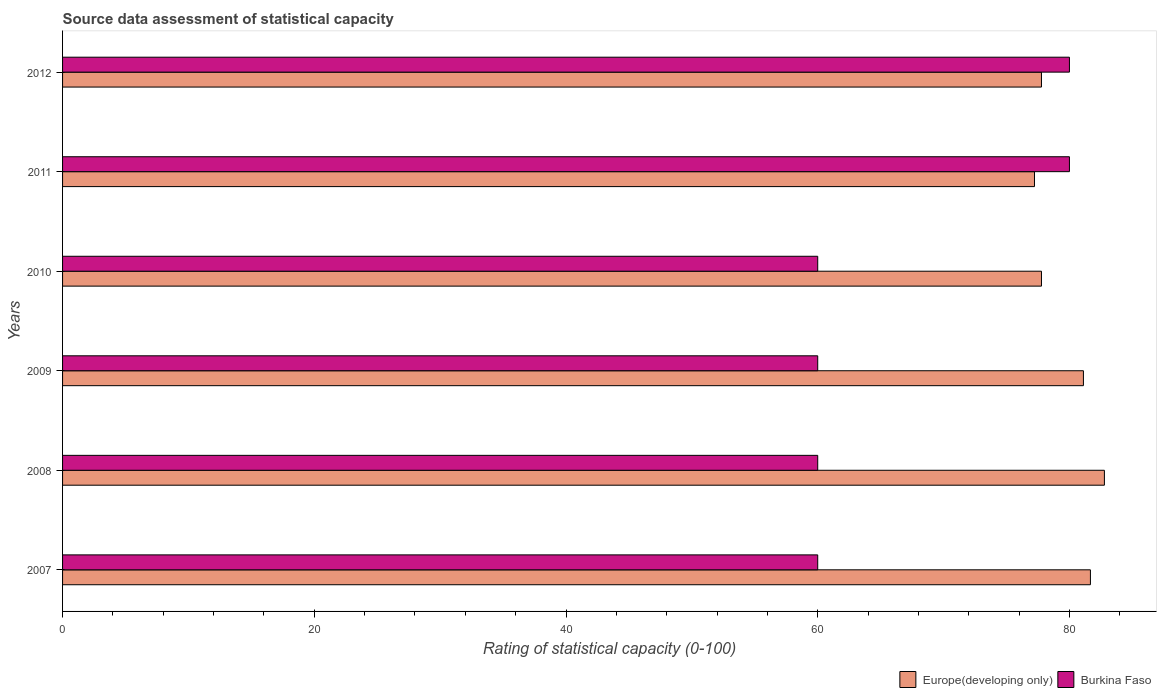
| Years | Europe(developing only) | Burkina Faso |
 | --- | --- | --- |
 | 2007 | 81.7 | 60 |
 | 2008 | 82.8 | 60 |
 | 2009 | 81.1 | 60 |
 | 2010 | 77.8 | 60 |
 | 2011 | 77.2 | 80 |
 | 2012 | 77.8 | 80 |